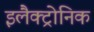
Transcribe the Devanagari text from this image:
इलैक्ट्रोनिक